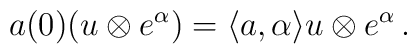
a(0)(u\otimes e^\alpha) =\langle a,\alpha\rangle u\otimes e^\alpha\,.